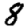
Digit: 8